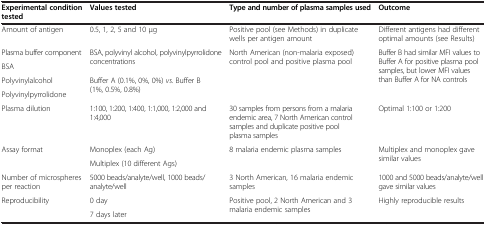
<table><thead><tr><td><b>Experimental condition tested</b></td><td><b>Values tested</b></td><td><b>Type and number of plasma samples used</b></td><td><b>Outcome</b></td></tr></thead><tbody><tr><td>Amount of antigen</td><td>0.5, 1, 2, 5 and 10 μg</td><td>Positive pool (see Methods) in duplicate wells per antigen amount</td><td>Different antigens had different optimal amounts (see Results)</td></tr><tr><td>Plasma buffer component</td><td rowspan="2">BSA, polyvinyl alcohol, polyvinylpyrrolidone concentrations</td><td rowspan="4">North American (non-malaria exposed) control pool and positive plasma pool</td><td rowspan="4">Buffer B had similar MFI values to Buffer A for positive plasma pool samples, but lower MFI values than Buffer A for NA controls</td></tr><tr><td>BSA</td></tr><tr><td>Polyvinylalcohol</td><td rowspan="2">Buffer A (0.1%, 0%, 0%) <i>vs</i>. Buffer B (1%, 0.5%, 0.8%)</td></tr><tr><td>Polyvinylpyrrolidone</td></tr><tr><td>Plasma dilution</td><td>1:100, 1:200, 1:400, 1:1,000, 1:2,000 and 1:4,000</td><td>30 samples from persons from a malaria endemic area, 7 North American control samples and duplicate positive pool plasma samples</td><td>Optimal 1:100 or 1:200</td></tr><tr><td rowspan="2">Assay format</td><td>Monoplex (each Ag)</td><td rowspan="2">8 malaria endemic plasma samples</td><td rowspan="2">Multiplex and monoplex gave similar values</td></tr><tr><td>Multiplex (10 different Ags)</td></tr><tr><td>Number of microspheres per reaction</td><td>5000 beads/analyte/well, 1000 beads/analyte/well</td><td>3 North American, 16 malaria endemic samples</td><td>1000 and 5000 beads/analyte/well gave similar values</td></tr><tr><td>Reproducibility</td><td>0 day</td><td>Positive pool, 2 North American and 3 malaria endemic samples</td><td>Highly reproducible results</td></tr><tr><td> </td><td>7 days later</td><td> </td><td> </td></tr></tbody></table>